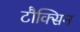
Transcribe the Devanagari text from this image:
टौक्सिन